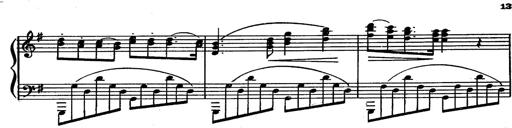
Title: Magyar rapszÃ³diÃ¡k
Composer: Franz Liszt